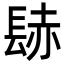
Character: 𨲂